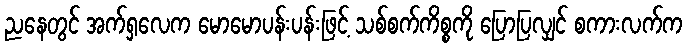
ညနေတွင် အက်ရှလေက မောမောပန်းပန်းဖြင့် သစ်စက်ကိစ္စကို ပြောပြလျှင် စကားလက်က